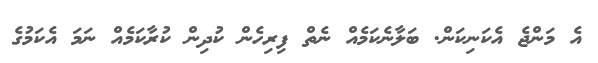
އެ މަންޖެ އެކަނިކަން. ބަލާނެކަމެއް ނެތް ފިރިހެން ކުދިން ކުރާކަމެއް ނަމަ އެކަމުގެ